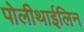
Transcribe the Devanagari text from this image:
पोलीथाईलिन